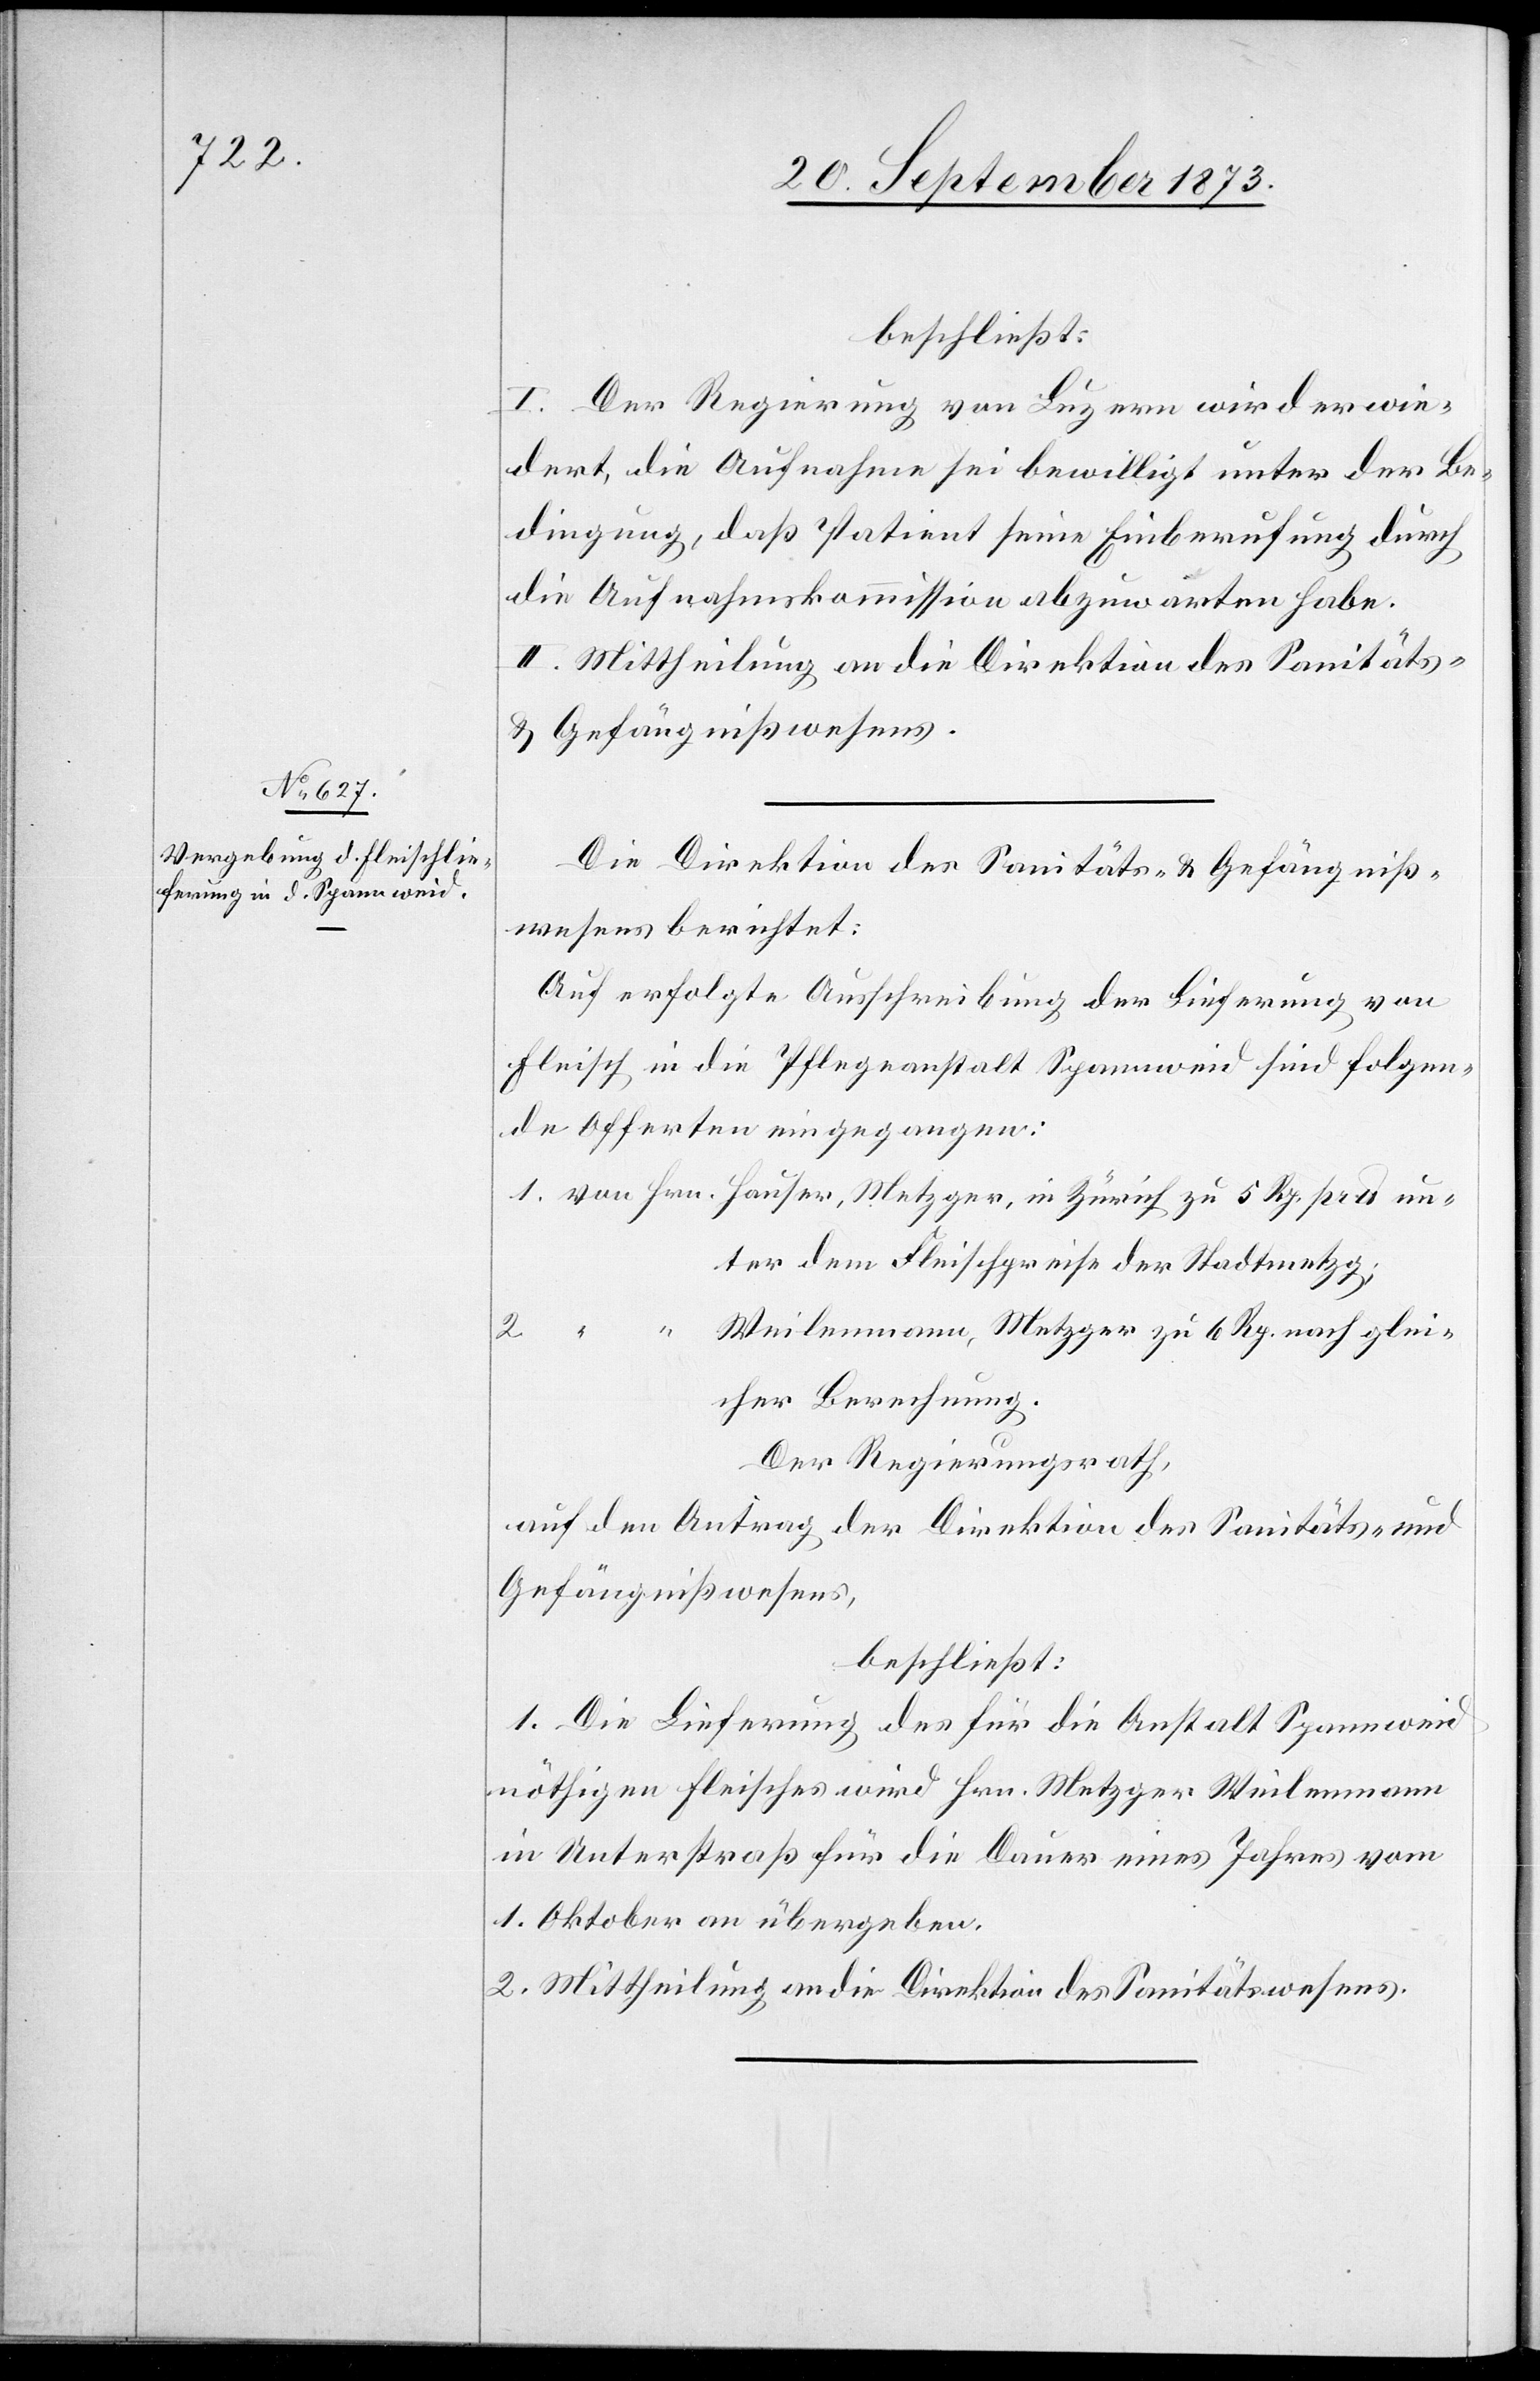
beschließt:
I. Der Regierung von Luzern wird erwie¬
dert, die Aufnahme sei bewilligt unter der Be¬
dingung, daß Patient seine Einberufung durch
die Aufnahmskommission abzuwarten habe.
II. Mittheilung an die Direktion des Sanitäts-
& Gefängnißwesens.
Die Direktion des Sanitäts- & Gefängniß¬
wesens berichtet:
Auf erfolgte Ausschreibung der Lieferung von
Fleisch in die Pflegeanstalt Spannweid sind folgen¬
de Offerten eingegangen:
ter dem Fleischpreise der Stadtmetzg;
Weilenmann, Metzger zu 6 Rp. nach glei¬
Rp.
2.
“
cher Berechnung.
Der Regierungsrath,
auf den Antrag der Direktion des Sanitäts- und
Gefängnißwesens,
beschließt:
1. Die Lieferung des für die Anstalt Spannweid
nöthigen Fleisches wird Hrn. Metzger Weilenmann
in Unterstraß für die Dauer eines Jahres vom
1. Oktober an übergeben.
2. Mittheilung an die Direktion des Sanitätswesens.